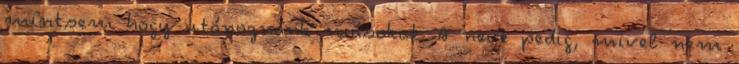
mintsem hogy utánoznánk másokat. A neve pedig, mivel nem